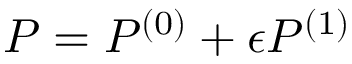
P = P ^ { ( 0 ) } + \epsilon P ^ { ( 1 ) }